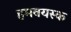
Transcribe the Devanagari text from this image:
हमवयस्क